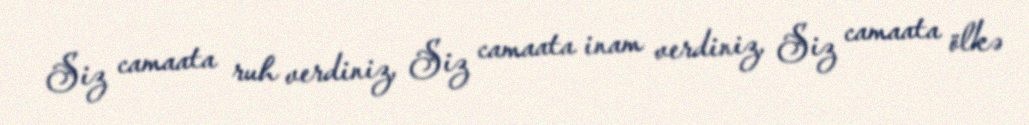
Siz camaata ruh verdiniz, Siz camaata inam verdiniz, Siz camaata ölkə